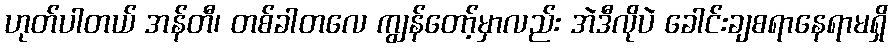
ဟုတ်ပါတယ် အန်တီ၊ တစ်ခါတလေ ကျွန်တော့်မှာလည်း အဲဒီလိုပဲ ခေါင်းချစရာနေရာမရှိ